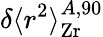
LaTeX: \delta\langle r^{2}\rangle_{\mathrm{Zr}}^{A,90}